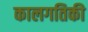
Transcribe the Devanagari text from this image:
कालगतिकी